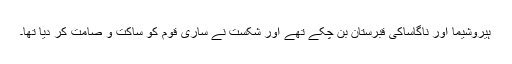
ہیروشیما اور ناگاساکی قبرستان بن چکے تھے اور شکست نے ساری قوم کو ساکت و صامت کر دیا تھا۔